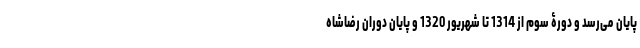
پایان می‌رسد و دورۀ سوم از 1314 تا شهریور 1320 و پایان دوران رضاشاه